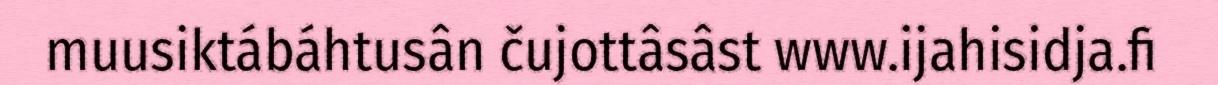
muusiktábáhtusân čujottâsâst www.ijahisidja.fi